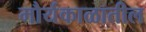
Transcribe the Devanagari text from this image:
मौर्यकाळातील